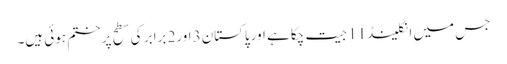
جس میں انگلینڈ11 جیت چکا ہے اورپاکستان3 اور2 برابر کی سطح پر ختم ہوئی ہیں۔